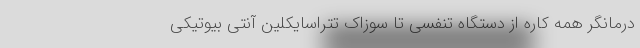
درمانگر همه کاره از دستگاه تنفسی تا سوزاک تتراسایکلین آنتی بیوتیکی